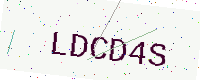
Text: LDCD4S